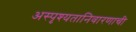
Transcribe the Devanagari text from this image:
अस्पृश्‍यतानिवारणाची